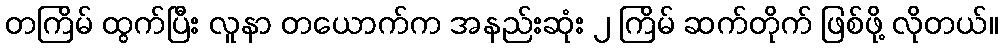
တကြိမ် ထွက်ပြီး လူနာ တယောက်က အနည်းဆုံး ၂ ကြိမ် ဆက်တိုက် ဖြစ်ဖို့ လိုတယ်။